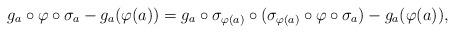
LaTeX: \begin{align*}g_a\circ\varphi\circ\sigma_a-g_a(\varphi(a))=g_a\circ\sigma_{\varphi(a)}\circ(\sigma_{\varphi(a)}\circ\varphi\circ\sigma_a)-g_a(\varphi(a)),\end{align*}